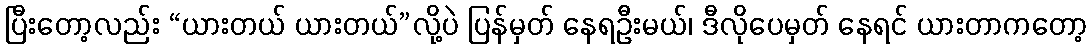
ပြီးတော့လည်း “ယားတယ် ယားတယ်”လို့ပဲ ပြန်မှတ် နေရဦးမယ်၊ ဒီလိုပေမှတ် နေရင် ယားတာကတော့